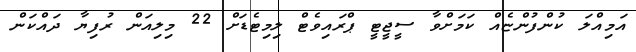
އަމިއްލަ ކުންފުންޏެއް ކަމަށްވާ ސީޖީޓީ ޕްރައިވެޓް ލިމިޓެޑަށް 22 މިލިއަން ރުފިޔާ ދައްކަން